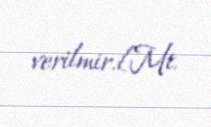
verilmir.[Mt.